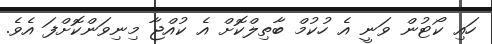
ހައި ކޯޓުން ވަނީ އެ ހުކުމް ބާތިލްކޮށް އެ ކުއްޖާ މިނިވަންކޮށްފަ އެވެ.